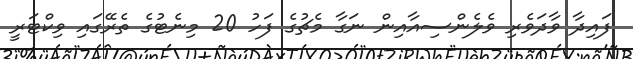
ފައިދާ ވާދަވެރި ވެލެންސިއާއިން ނަގާ މެޗުގެ ފަހު 20 މިނެޓުގެ ތެރޭގައި ވިކްޓަރީ